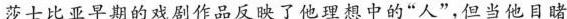
莎士比亚早期的戏剧作品反映了他理想中的”人”，但当他目睹